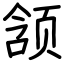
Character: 颔